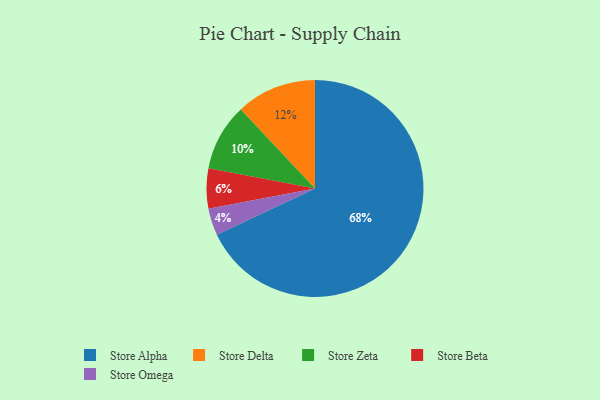
{"axis": {"x": "Category", "y": "Percentage"}, "legend": ["Store Alpha", "Store Beta", "Store Delta", "Store Omega", "Store Zeta"], "data": [{"x": "Store Zeta", "y": 10, "type": "Store Zeta"}, {"x": "Store Beta", "y": 6, "type": "Store Beta"}, {"x": "Store Alpha", "y": 68, "type": "Store Alpha"}, {"x": "Store Delta", "y": 12, "type": "Store Delta"}, {"x": "Store Omega", "y": 4, "type": "Store Omega"}]}